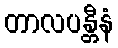
တာလပန္တီနံ